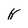
Character: H